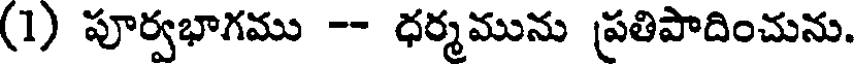
(1) పూర్వభాగము -- ధర్మమును ప్రతిపాదించును.